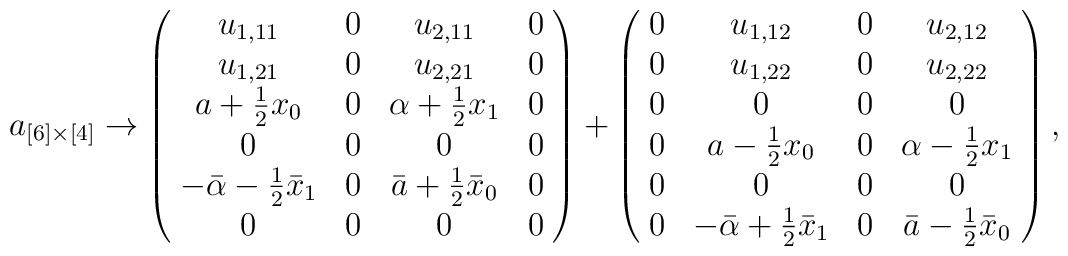
a_{[6]\times[4]} \rightarrow \left( \! \begin{array}{cccc} u_{1,11} & 0 & u_{2,11} & 0 \\u_{1,21} & 0 & u_{2,21} & 0 \\a+\frac{1}{2}x_{0} & 0 & \alpha+\frac{1}{2}x_{1} & 0 \\0 & 0 & 0 & 0 \\-\bar{\alpha}-\frac{1}{2}\bar{x}_{1} & 0 & \bar{a}+\frac{1}{2}\bar{x}_{0} & 0 \\0 & 0 & 0 & 0 \end{array} \! \right) + \left( \! \begin{array}{cccc} 0 & u_{1,12} & 0 & u_{2,12} \\0 & u_{1,22} & 0 & u_{2,22} \\0 & 0 & 0 & 0 \\0 & a-\frac{1}{2}x_{0} & 0 & \alpha-\frac{1}{2}x_{1} \\0 & 0 & 0 & 0 \\0 & -\bar{\alpha}+\frac{1}{2}\bar{x}_{1} & 0 & \bar{a}-\frac{1}{2}\bar{x}_{0} \end{array} \! \right),